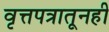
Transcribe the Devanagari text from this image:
वृत्तपत्रातूनही